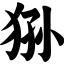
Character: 狲